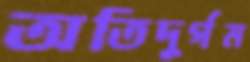
অতিদুর্গম